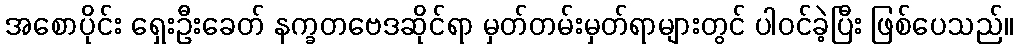
အစောပိုင်း ရှေးဦးခေတ် နက္ခတဗေဒဆိုင်ရာ မှတ်တမ်းမှတ်ရာများတွင် ပါဝင်ခဲ့ပြီး ဖြစ်ပေသည်။